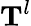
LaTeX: \mathbf{T}^{l}